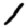
Digit: 1